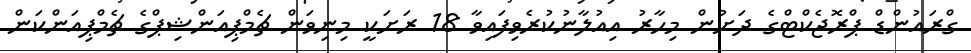
ގްރައުންޑް ޕްރޮޖެކްޓްގެ ދަށުން މިހާރު އިއުލާނުކުރެވިފައިވާ 18 ރަށަކީ މިނިވަން ޗެމްޕިއަންޝިޕްގެ ޗެމްޕިއަންކަން